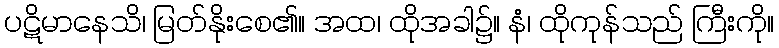
ပဋိမာနေသိ၊ မြတ်နိုးစေ၏။ အထ၊ ထိုအခါ၌။ နံ၊ ထိုကုန်သည် ကြီးကို။